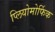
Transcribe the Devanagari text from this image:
प्लियोमोर्फिक